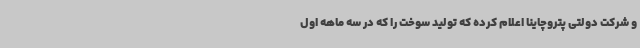
و شرکت دولتی پتروچاینا اعلام کرده که تولید سوخت را که در سه ماهه اول